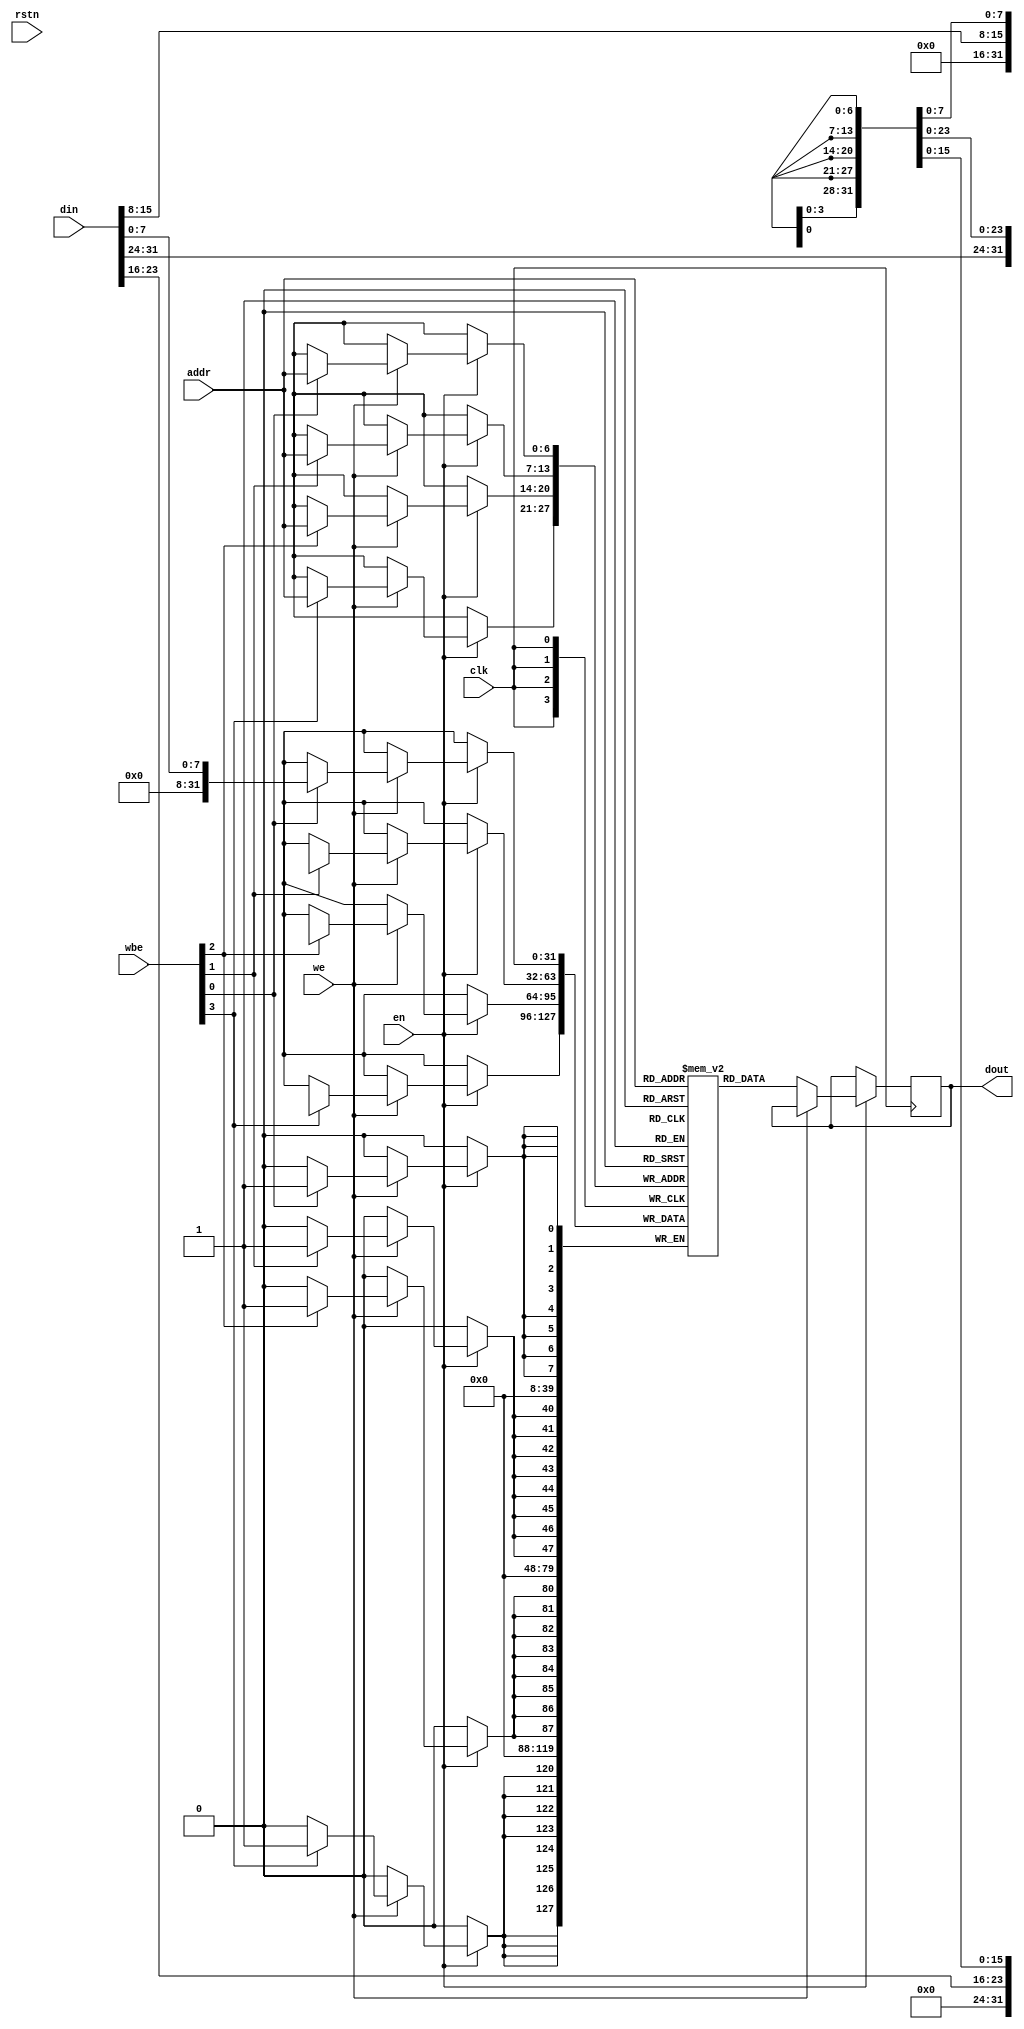
/*
    Generic SPRAM with 4 bits wbe port.
    DATA WIDTH is 32 bits.
*/
module spram_generic_wbe4 #(
    parameter ADDR_BITS = 7,
    parameter ADDR_AMOUNT = 128,
    parameter DATA_BITS = 32
) (
    input wire clk,
    input wire rstn,
    input wire en,
    input wire we,
    input wire [3:0] wbe,
    input wire [ADDR_BITS - 1: 0] addr,
    input wire [DATA_BITS - 1: 0] din,

    output reg [DATA_BITS - 1: 0] dout
);

reg [DATA_BITS - 1: 0]  mem [0:ADDR_AMOUNT - 1];

always @(posedge clk) begin
    if (en) begin
        if (we) begin
            if (wbe[0] == 1'b1) begin
                mem[addr][0 +: 8] <= din[0 +: 8];
            end

            if (wbe[1] == 1'b1) begin
                mem[addr][8 +: 8] <= din[8 +: 8];
            end

            if (wbe[2] == 1'b1) begin
                mem[addr][2*8 +: 8] <= din[2*8 +: 8];
            end

            if (wbe[3] == 1'b1) begin
                mem[addr][3*8 +: 8] <= din[3*8 +: 8];
            end 
        end else begin
            dout <= mem[addr];
        end
    end
end

    
endmodule